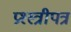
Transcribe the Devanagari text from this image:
प्रश्स्त्रीपत्र